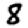
Digit: 8